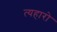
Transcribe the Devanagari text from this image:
त्यहारो